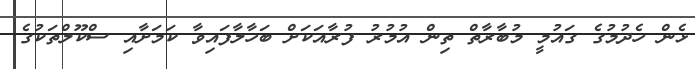
ޅެން ހެދުމުގެ ގައުމީ މުބާރާތް ތިން އުމުރު ފުރާއަކަށް ބަހާލާފައިވާ ކަމަށާއި ސްކޫލްތަކުގެ